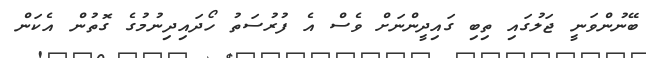
ބޭނުންވަނީ ޖަލުގައި ތިބި ގައިދީންނަށް ވެސް އެ ފުރުސަތު ހޯދައިދިނުމުގެ ގޮތުން އެކަން